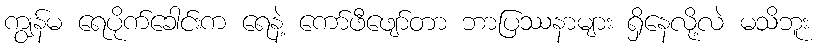
ကျွန်မ ရေပိုက်ခေါင်းက ရေနဲ့ ကော်ဖီဖျော်တာ ဘာပြဿနာများ ရှိနေလို့လဲ မသိဘူး